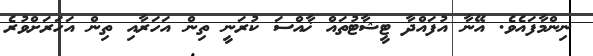
ނިންމާފައެވެ. އޭނާ އުފައްދާ ޓީޝާޓުތައް ޚާއްސަ ކުރަނީ ތިން އަހަރާއި ތިން އަހަރަށްވުރެ